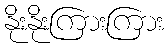
နိုးနိုးကြားကြား